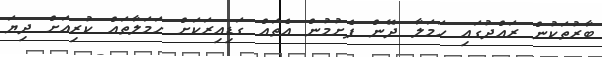
ބާރުތަކުން ރައްދުގައި ހަމަލާ ދޭން ފެށުމުން އެތައް ގަޑިއިރަކަށް ހަމަލާތައް ކުރިއަށް ދިޔަ